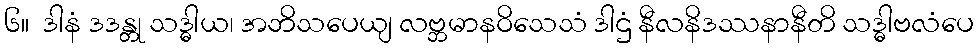
၆။  ဒါနံ ဒဒန္တု သဒ္ဓါယ၊ အဘိသပေယျ လဗ္ဘမာနဝိသေသံ ဒါဌံ နီလနိဒဿနာနီတိ သဒ္ဓါဗလံပေ